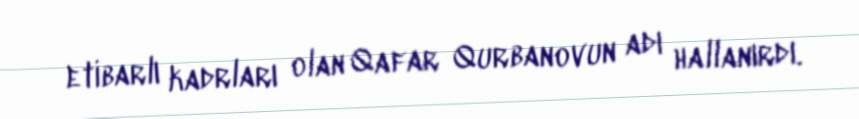
etibarlı kadrları olan Qafar Qurbanovun adı hallanırdı.